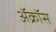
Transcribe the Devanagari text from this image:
ॲक्रॉस